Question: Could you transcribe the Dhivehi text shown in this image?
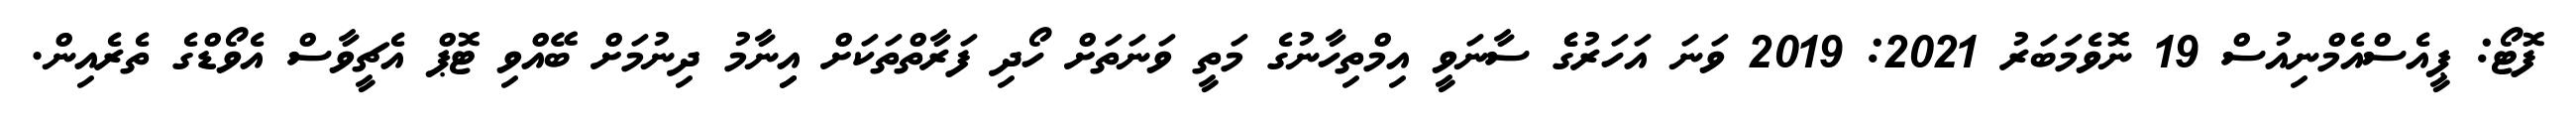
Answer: ފޮޓޯ: ޕީއެސްއެމްނިއުސް 19 ނޮވެމަބަރު 2021: 2019 ވަނަ އަހަރުގެެ ސާނަވީ އިމްތިހާނުގެ މަތީ ވަނަތަށް ހޯދި ފަރާތްތަކަށް އިިނާމު ދިނުމަށް ބޭއްވި ޓޮޕް އެޗީވާސް އެވޯޑްގެ ތެރެއިން.